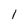
Character: 1